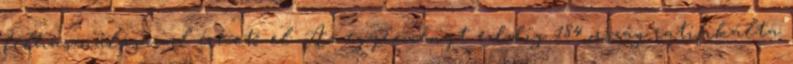
felhasználásával érhető el. Az egyezményt eddig 184 ország ratifikálta